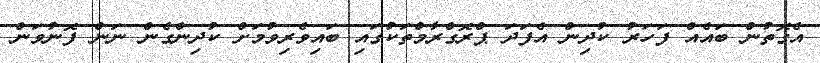
އެގޮތުން ބައެއް ފަހަރު ކުދިން އެފަދަ ޕްރޮގްރާމްތަކުގައި ބައިވެރިވުމަށް ކުދިންގެން ނަން ފޮނުވަން